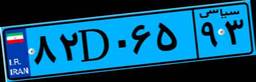
۸۲D۰۶۵۹۳